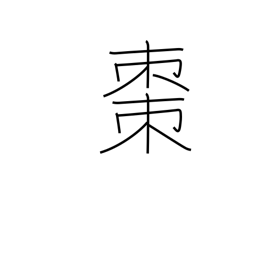
Meaning: jujube